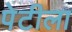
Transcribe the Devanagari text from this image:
पेटीला